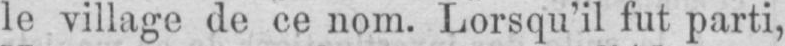
le village de ce nom. Lorsqu’il fut parti,